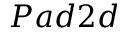
P a d 2 d